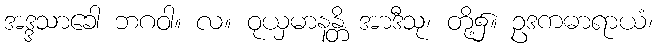
အဒ္ဒသာခေါ ဘဂဝါ။ လ။ ဝုယှမာနန္တိ အာဒီသု၊ တို့၌။ ဥဒကဓာရာယံ၊